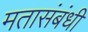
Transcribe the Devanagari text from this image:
मतासंबंधी